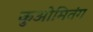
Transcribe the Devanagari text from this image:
कुओमितंग